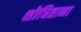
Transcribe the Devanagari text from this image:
शोधिताना